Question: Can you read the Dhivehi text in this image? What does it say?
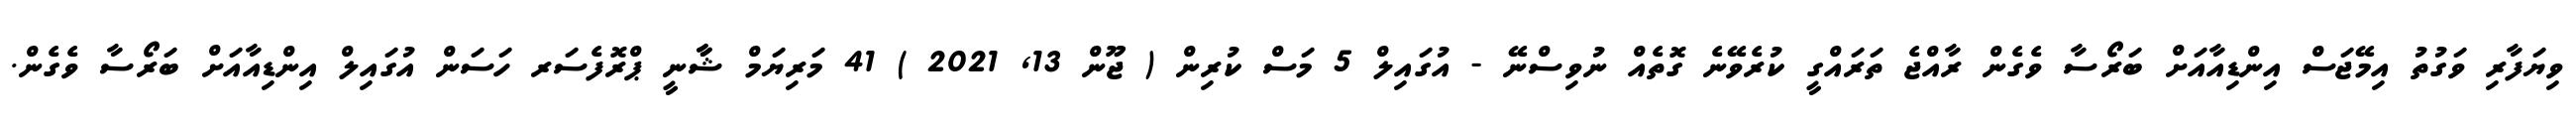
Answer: ވިޔަފާރި ވަގުތު އިމޭޖަސް އިންޑިއާއަށް ބަރޯސާ ވެގެން ރާއްޖެ ތަރައްގީ ކުރެވޭނެ ގޮތެއް ނުވިސްނޭ - އުގައިލް 5 މަސް ކުރިން ( ޖޫން 13, 2021 ) 41 މަރިޔަމް ޝާާނީ ޕްރޮފެސަރ ހަސަން އުގައިލް އިންޑިއާއަށް ބަރޯސާ ވެގެން.